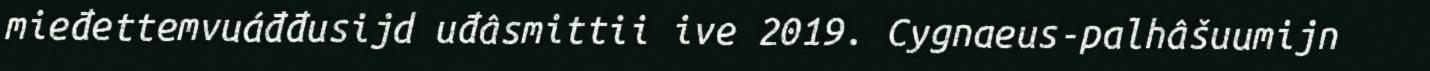
mieđettemvuáđđusijd uđâsmittii ive 2019. Cygnaeus-palhâšuumijn